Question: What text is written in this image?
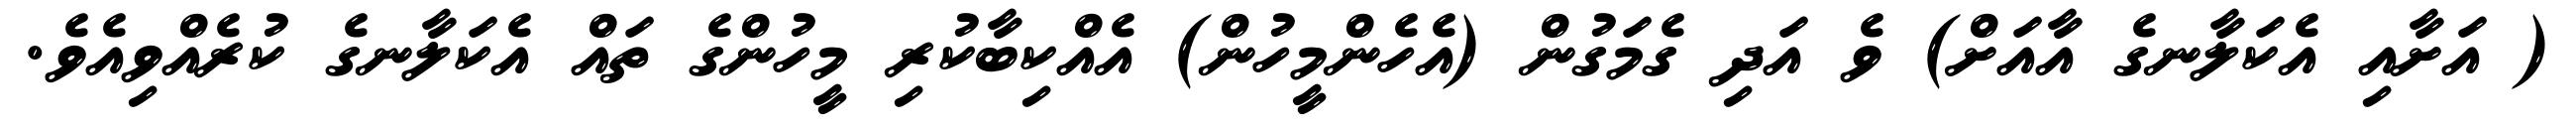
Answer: ( އަށާއި އެކަލާނގެ އާއަށް) ވެ އަދި ގެމަގުން (އެހެންމީހުން) އެއްކިބާކުރި މީހުންގެ ތައް އެކަލާނގެ ކުރެއްވިއެވެ.